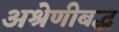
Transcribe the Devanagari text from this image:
अश्रेणीबद्ध